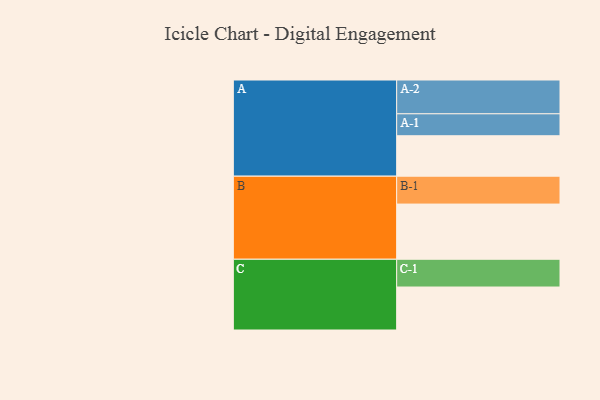
{"axis": {"x": "Segment", "y": "Value"}, "legend": ["", "A", "B", "C"], "data": [{"x": "A", "y": 348, "type": ""}, {"x": "B", "y": 475, "type": ""}, {"x": "C", "y": 370, "type": ""}, {"x": "A-1", "y": 189, "type": "A"}, {"x": "A-2", "y": 291, "type": "A"}, {"x": "B-1", "y": 240, "type": "B"}, {"x": "C-1", "y": 239, "type": "C"}]}